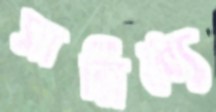
সান্নিধ্যে